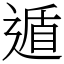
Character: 遁